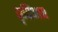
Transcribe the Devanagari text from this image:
कृषिआय